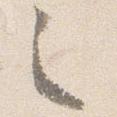
之